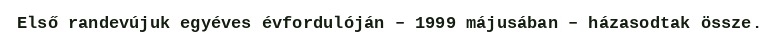
Első randevújuk egyéves évfordulóján – 1999 májusában – házasodtak össze.